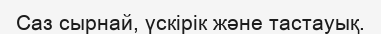
Саз сырнай, үскірік және тастауық.